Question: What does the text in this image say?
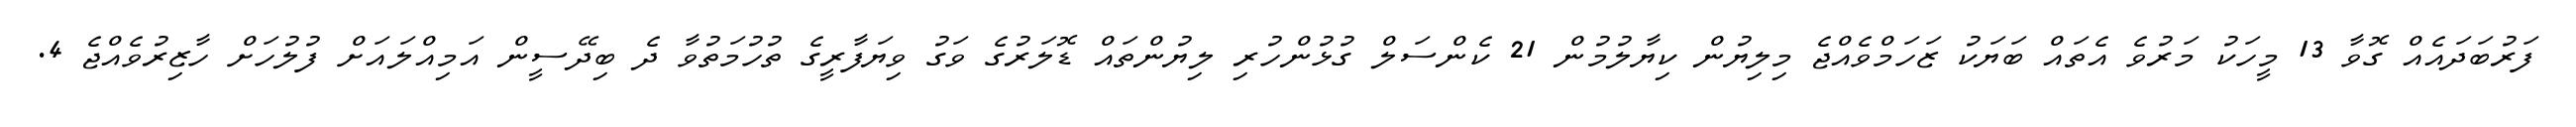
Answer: ފަރުބަދައެއް ގޮވާ 13 މީހަކު މަރުވެ އެތައް ބަޔަކު ޒަހަމްވެއްޖެ މިލިޔުން ކިޔާލުމުން 21 ކެންސަލް ގުޅުންހުރި ލިޔުންތައް ޑޮލަރުގެ ވަގު ވިޔަފާރީގެ ތުހުމަތުވާ ދެ ބިދޭސީން އަމިއްލައަށް ފުލުހަށް ހާޒިރުވެއްޖެ 4.